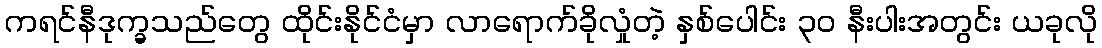
ကရင်နီဒုက္ခသည်တွေ ထိုင်းနိုင်ငံမှာ လာရောက်ခိုလှုံတဲ့ နှစ်ပေါင်း ၃၀ နီးပါးအတွင်း ယခုလို